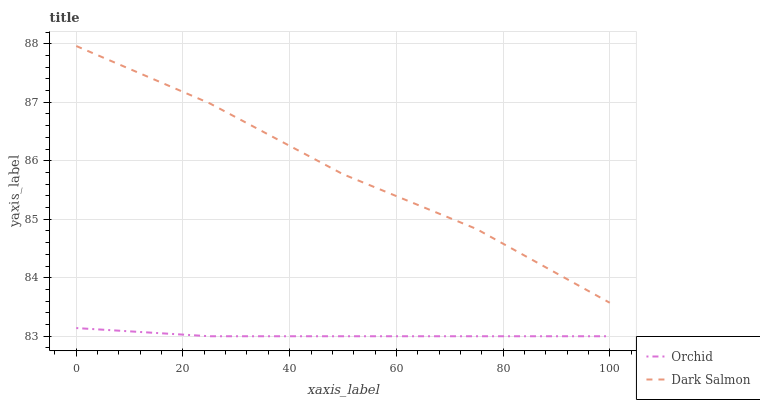
| xaxis_label | Orchid | Dark Salmon |
 | --- | --- | --- |
 | 0 | 83.1 | 88 |
 | 25 | 83 | 87 |
 | 50 | 83 | 85.8 |
 | 75 | 83 | 84.8 |
 | 100 | 83 | 83.6 |